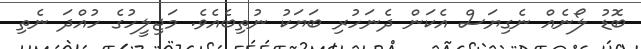
ބޮޑު ލޯނެއް ނެގިޔަސް އެކަން ދެނަހުރި ބަޔަކު ނުތިބެއެވެ. މަޖިލީހުގެ ހުއްދަ ނެތި